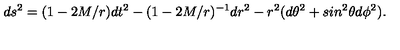
d s ^ { 2 } = ( 1 - 2 M / r ) d t ^ { 2 } - ( 1 - 2 M / r ) ^ { - 1 } d r ^ { 2 } - r ^ { 2 } ( d \theta ^ { 2 } + s i n ^ { 2 } \theta d \phi ^ { 2 } ) .